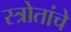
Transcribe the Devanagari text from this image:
स्त्रोतांचे